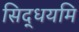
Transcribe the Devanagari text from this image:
सिद्धयमि